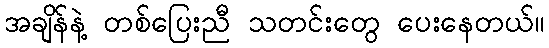
အချိန်နဲ့ တစ်ပြေးညီ သတင်းတွေ ပေးနေတယ်။